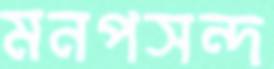
মনপসন্দ